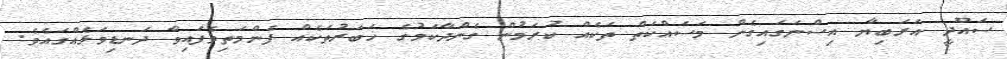
ސައޫދީ އަރަބިޔާ އިސްނަގައިގެން މަސައްކަތް ތަކެއް ކުރަމުން ގެންދާކަމުގެ ޚަބަރުތަކެއް ފެންމަތިވެފައިވާ ދަނޑިވަޅެއްގައެވެ.